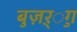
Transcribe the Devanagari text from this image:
बुज़ऱ्ुग